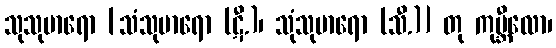
သုသုမာရော [သံသုမာရော (ဋီ.)၊ သုံသုမာရော (သီ.)] တု ကုမ္ဘီလော၊